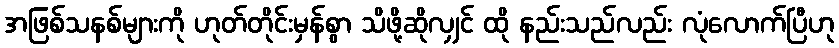
အဖြစ်သနစ်များကို ဟုတ်တိုင်းမှန်စွာ သိဖို့ဆိုလျှင် ထို နည်းသည်လည်း လုံလောက်ပြီဟု